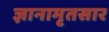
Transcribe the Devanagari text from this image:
ज्ञानामृतसार